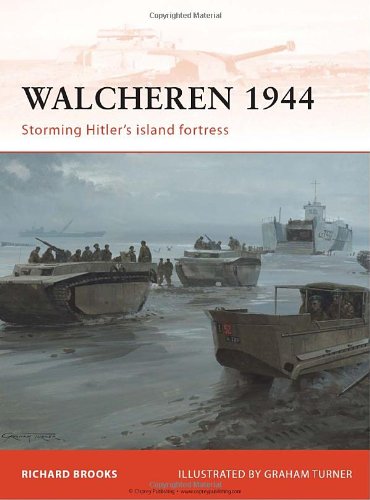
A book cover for Walcheren 1944: Storming Hitler's island fortress (Campaign); Richard Brooks; History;